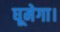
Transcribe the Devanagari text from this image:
घूमेगा।